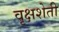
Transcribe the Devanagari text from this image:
वृक्षशेती